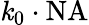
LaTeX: \mathit{k}_{0}\cdot\mathrm{{NA}}